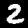
Digit: 2